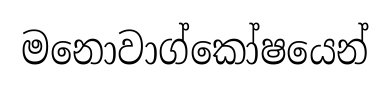
මනොවාග්කෝෂයෙන්